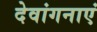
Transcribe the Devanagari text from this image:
देवांगनाएं